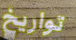
تواريخ